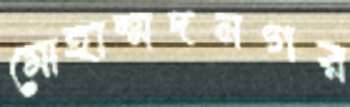
মোহাম্মদনগর